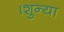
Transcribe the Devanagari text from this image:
।शुन्या